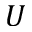
U